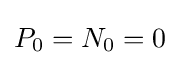
P_{0}=N_{0}=0